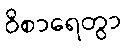
ဝိစာရေတွာ